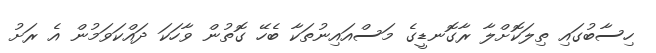
ހިސާބުގައި ތިލަކޮށްލާ ރާގޮނޑީގެ މަސްއައިނުތަކާ ބެހޭ ގޮތުން ވާހަކަ ދައްކަވަމުން އެ ރަށު